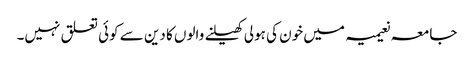
جامعہ نعیمیہ میں خون کی ہولی کھیلنے والوں کا دین سے کوئی تعلق نہیں۔